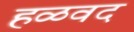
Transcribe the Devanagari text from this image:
हळवद